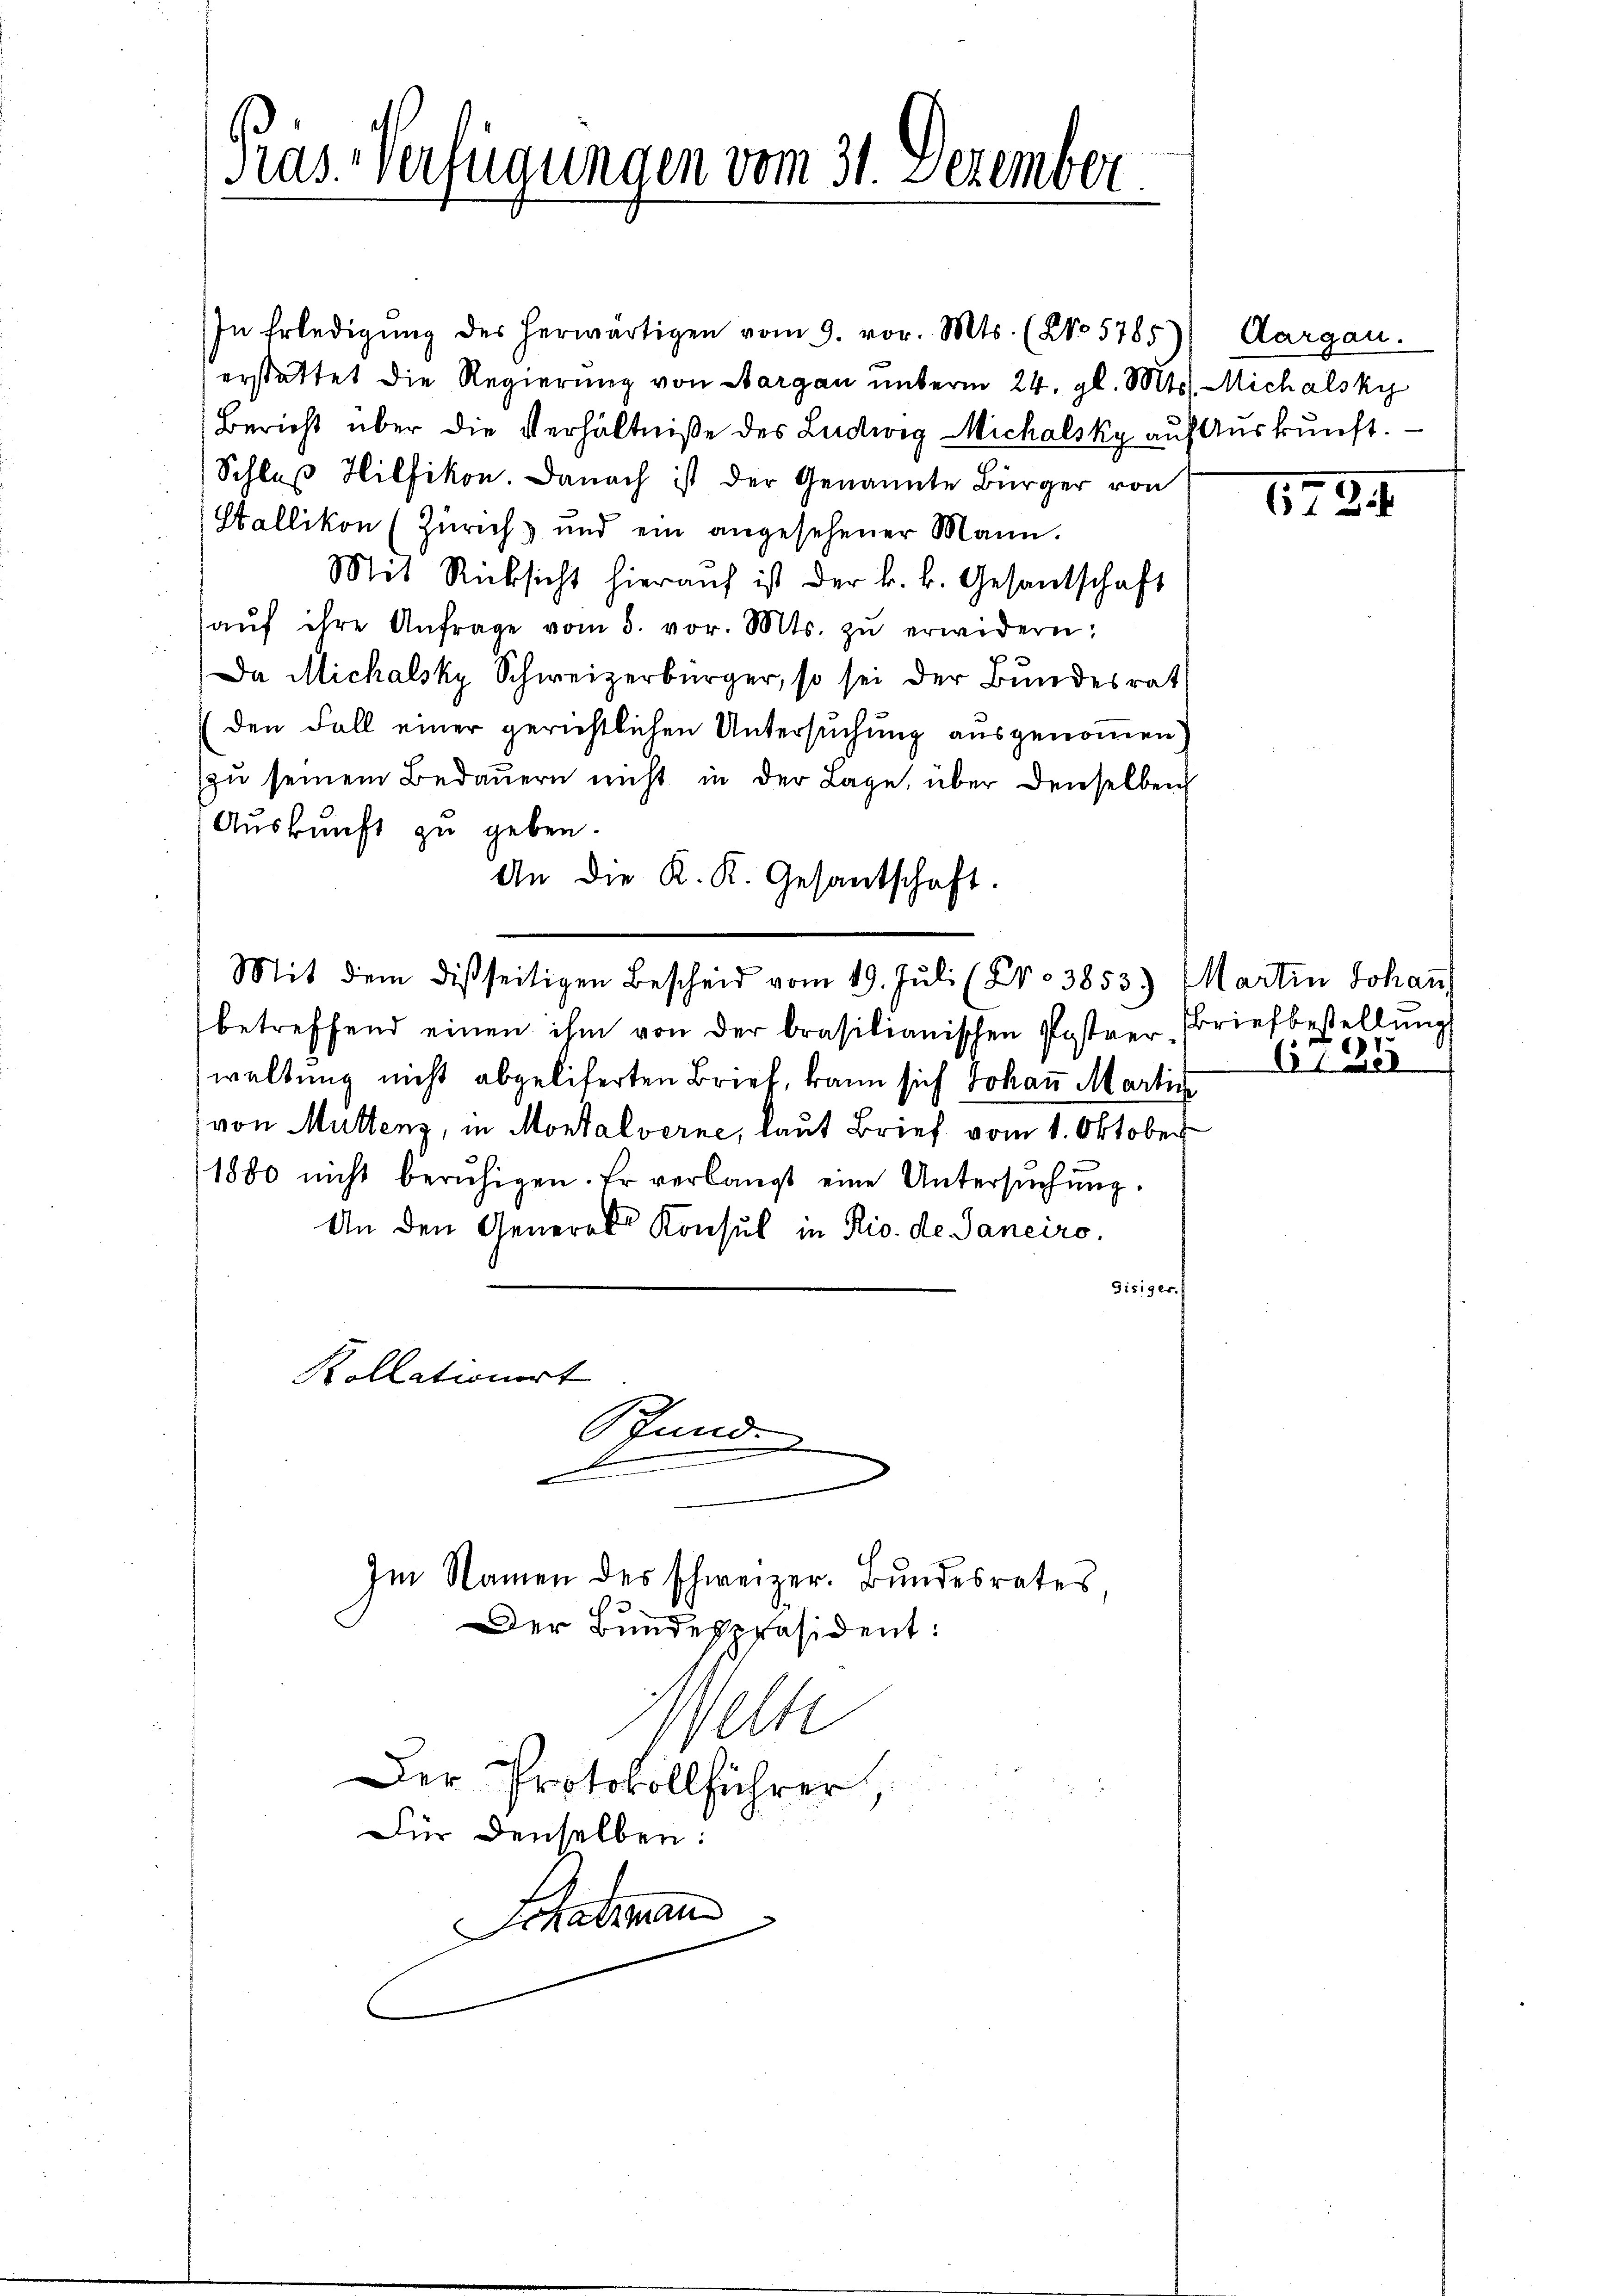
Pras-Verfügungen vom 31. Dezember

In Erledigŭng des herwärtigen vom 9. vor. Mts. (NNo. 5785) Aargau.
erstattet die Regierung von Margau unterm 24. gl. Mts. Michalsky
Bericht über die Verhältniße des Ludwig Michalsky auf Auskunft.
Schluß Hilfikon. Danach ist der Genannte Bürger von
Stallikon (Zürich und ein angesehener Mann.
Mit Rücksicht hieraŭf ist der k. k. Gesantschaft
aŭf ihre Anfrage vom 3. vor. Mts. zŭ erwidern:
Da Michalsky Schweizerbürger, so sei der Bundesrat
(den Fall einer gerichtlichen Untersuchung ausgenommen
zŭ seinem Bedauern nicht in der Lage, über denselben
Auskunft zu geben.
An die K. K. Gesantschaft.
Mit dem disseitigen Bescheid vom 19. Jŭli (Nr. 3853.) Martin Johaṅ
betreffend einen ihm von der brasilianischen Postrer Briefbestellung
waltung nicht abgeliferten Brief, kann sich Johann Martin
von Muttenz, in Montalverne, laut Brief vom 1. Oktober
1880 nicht berŭhigen. Er verlangt eine Untersŭchŭng.
An den Generals Konsul in Rio. de Janeiro,
Disiger.

Kollationirt
Pfunde
.
x

Im Namen des schweizer. Bundesrates,

Der Bundespräsident:
Welte
Der Protokollführer,
Fü denselben:
Schatzmann

172

6795